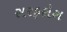
સરફરોશ